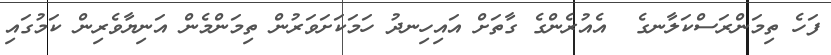
ފަހެ ތިމަންރަސްކަލާނގެ  އެއުރެންގެ ގާތަށް އައިހިނދު ހަމަކަށަވަރުން ތިމަންމެން އަނިޔާވެރިން ކަމުގައި